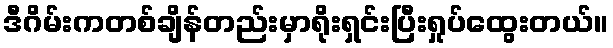
ဒီဂိမ်းကတစ်ချိန်တည်းမှာရိုးရှင်းပြီးရှုပ်ထွေးတယ်။